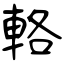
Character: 輅